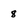
Character: 8